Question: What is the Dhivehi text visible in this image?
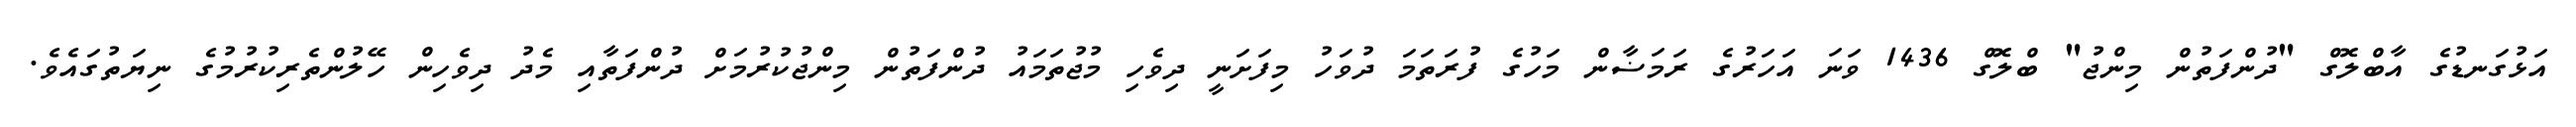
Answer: އަޅުގަނޑުގެ އާބްލޮގް "ދުންފަތުން މިންޖު" ބްލޮގް 1436 ވަނަ އަހަރުގެ ރަމަޟާން މަހުގެ ފުރަތަމަ ދުވަހު މިފަށަނީ ދިވެހި މުޖުތަމައު ދުންފަތުން މިންޖުކުރުމަށް ދުންފަތާއި މެދު ދިވެހިން ހޭލުންތެރިކުރުމުގެ ނިޔަތުގައެވެ.